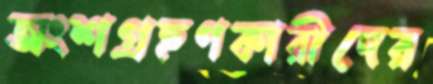
অংশগ্রহণকারীদের